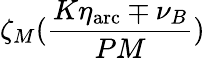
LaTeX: \zeta_{M}(\frac{K\eta_{\mathrm{arc}}\mp\nu_{B}}{PM})